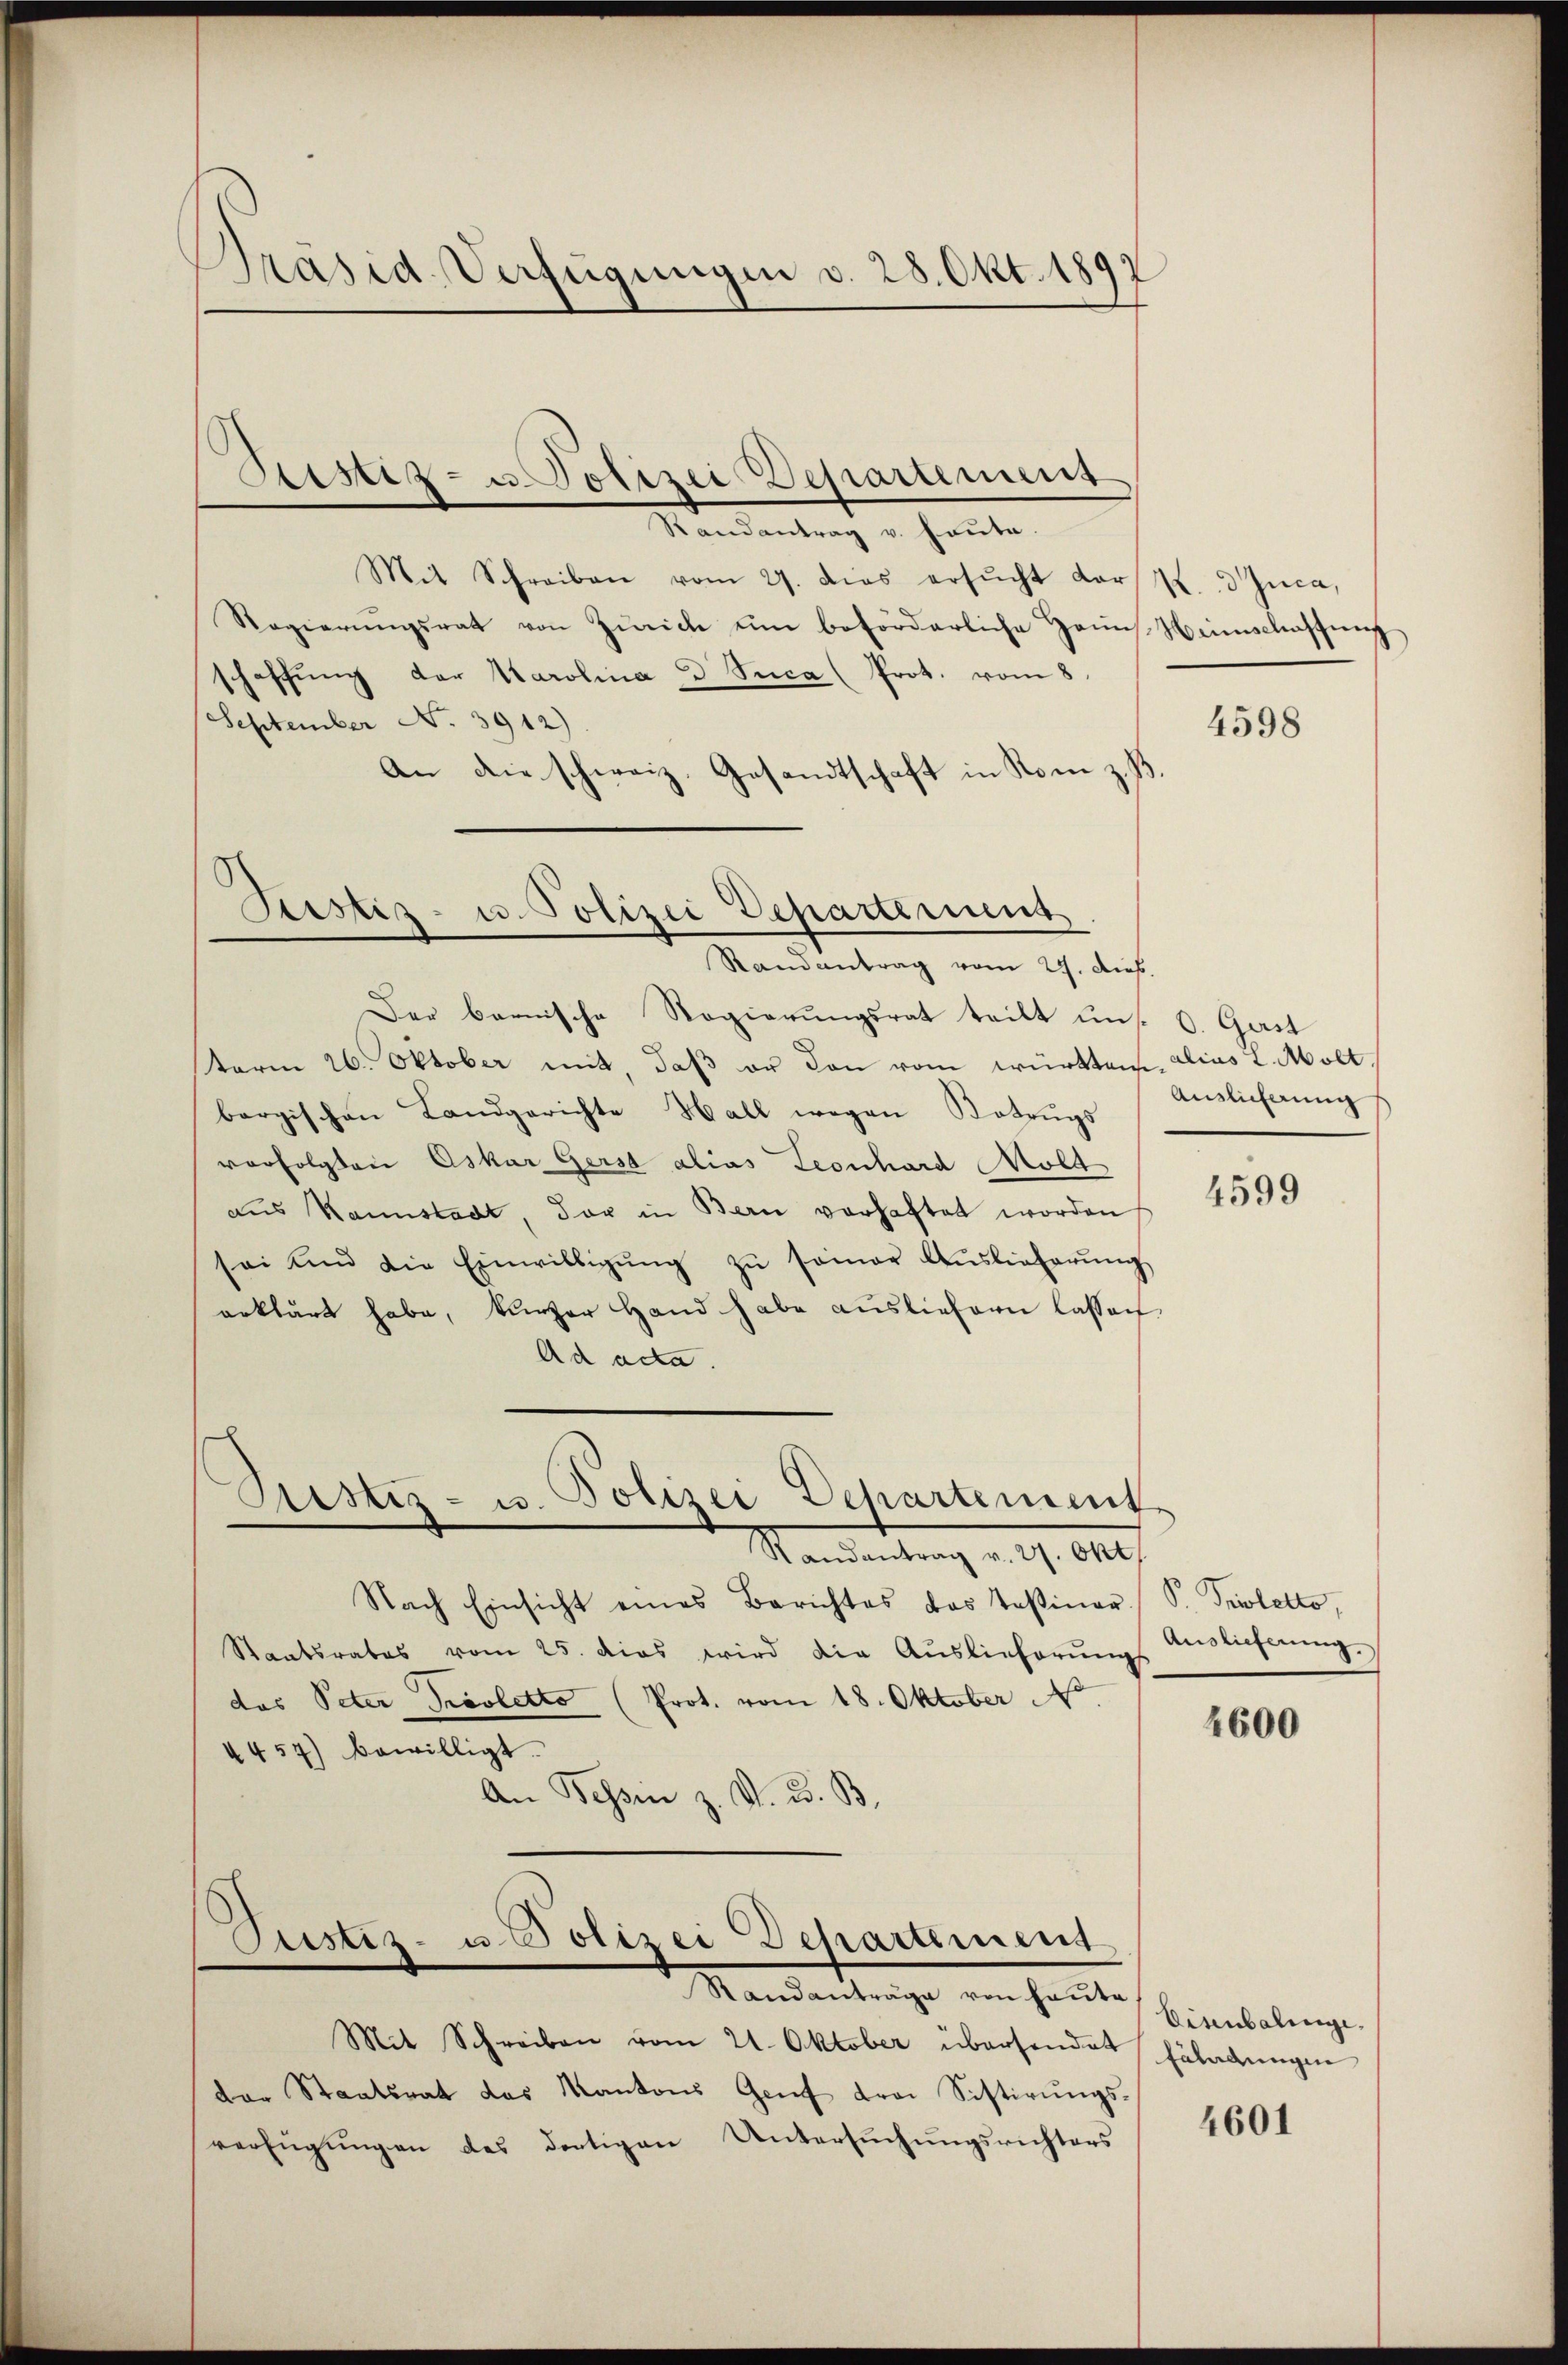
Präsid-Verfügungen d. 28. Okt. 1892

Zustiz- u. Polizei Departement

Rondantrag u. heute.
Mit Schreiben vom 27. dies ersŭcht dar
Regierŭngsrat von Zürich ŭm beförderliche Hans Heimschaffŭng
schaffŭng der Karolina d. Suca (Prot. vom 8.
September No. 3912)
An die schweiz. Gesandtschaft in Rom z.
Der bernische Regierungsrat teilt uns. S. Gast
term 26. Oktober mit daß er den vom württem alias L. Moll
bergischen Landgerichte Hall wegen Betrugs
vorfolgten Oskar Gerst alias Leonhard Mold
aus Kannstadt, der in Bern vorhaftet worden
sei und die Einwilligŭng zŭ seiner Aŭslieferŭng
erklärt habe, kürzer Hand habe ausliefern lassen
Ad acta.
Sistiz- u. Polizei Dehartement
Randantrag v. 27. Okt.
Nach Einsicht eines Berichtes das Teßiner S. Teiletto,
Staatsrates vom 25. dies wird die Auslieferŭng
das Peter Probletto (Prot. vom 18. Oktober
4457) bewilligt.
An Bessen z. V. 3. B.

Justiz- u. Polizei Departement
Randantrag vom 27. Aus

Justiz- u Polizei Departement

Randanträge von heute
Mit Schreiben vom 21. Oktober übersendet häladungen
dor Staatsrat das Kantons Genf drei Sistirŭngs-
verfügungen des dortigen Untersuchungsrichters

K. Duca,

4598

Auslieferung

4599

Auslieferung.

2600

Einubalinge.

4601